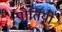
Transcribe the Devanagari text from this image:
पोर्तियो